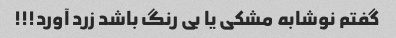
گفتم نوشابه مشکی یا بی رنگ باشد زرد آورد!!!